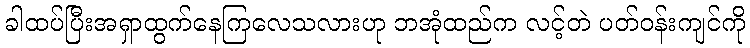
ခါထပ်ပြီးအရှာထွက်နေကြလေသလားဟု ဘအုံထည်က လင့်တဲ ပတ်ဝန်းကျင်ကို